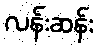
လန်းဆန်း